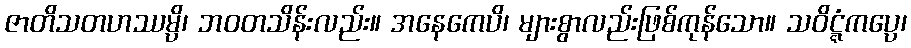
ဇာတိသတဟဿမ္ပိ၊ ဘဝတသိန်းလည်း။ အနေကေပိ၊ များစွာလည်းဖြစ်ကုန်သော။ သဝိဋ္ဋံကပ္ပေ၊